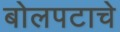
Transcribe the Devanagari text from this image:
बोलपटाचे